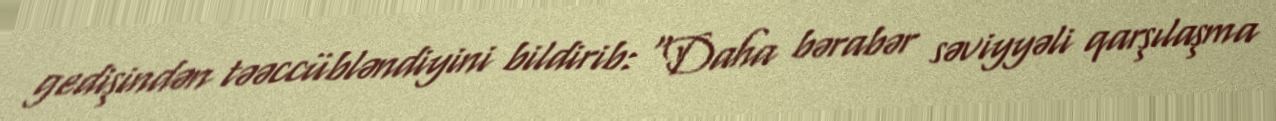
gedişindən təəccübləndiyini bildirib: "Daha bərabər səviyyəli qarşılaşma